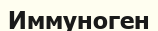
Иммуноген